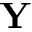
\mathbf { Y }